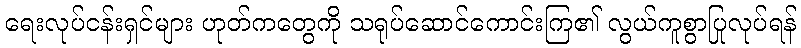
ရေးလုပ်ငန်းရှင်များ ဟုတ်ကတွေကို သရုပ်ဆောင်ကောင်းကြ၏ လွယ်ကူစွာပြုလုပ်ရန်